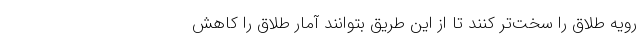
رویه طلاق را سخت‌تر کنند تا از این طریق بتوانند آمار طلاق را کاهش